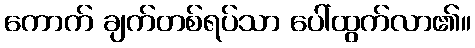
ကောက် ချက်တစ်ရပ်သာ ပေါ်ထွက်လာ၏။